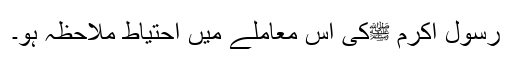
رسول اکرم ﷺکی اس معاملے میں احتیاط ملاحظہ ہو۔